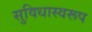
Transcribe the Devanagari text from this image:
सुविधास्वरूप